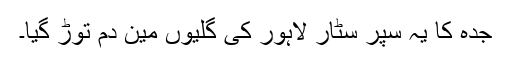
جدہ کا یہ سپر سٹار لاہور کی گلیوں مین دم توڑ گیا۔